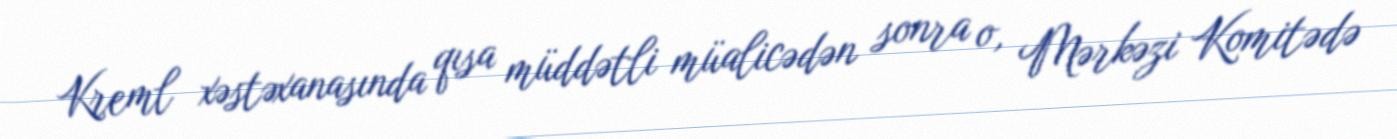
Kreml xəstəxanasında qısa müddətli müalicədən sonra o, Mərkəzi Komitədə